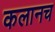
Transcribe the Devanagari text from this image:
कलानच